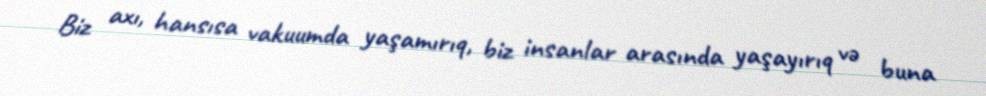
Biz axı, hansısa vakuumda yaşamırıq, biz insanlar arasında yaşayırıq və buna